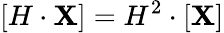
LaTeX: [H\cdot\mathbf{X}]=H^{2}\cdot[\mathbf{X}]